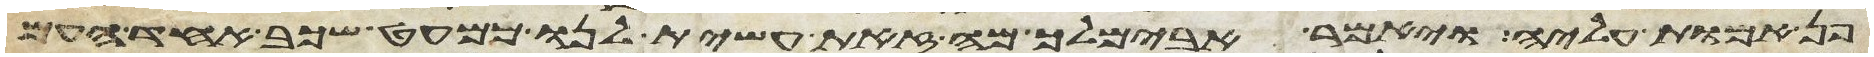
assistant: פן אמות עליה ויאמר אבימלך מה זאת עשית לנו כמעט שכב אחד העם